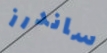
ساندرز